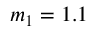
m _ { 1 } = 1 . 1